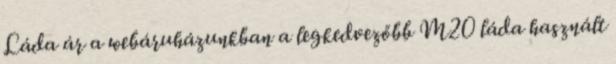
Láda ár a webáruházunkban a legkedvezőbb M20 láda használt